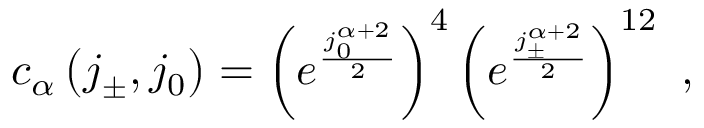
c _ { \alpha } \left( j _ { \pm } , j _ { 0 } \right) = \left( e ^ { \frac { j _ { 0 } ^ { \alpha + 2 } } { 2 } } \right) ^ { 4 } \left( e ^ { \frac { j _ { \pm } ^ { \alpha + 2 } } { 2 } } \right) ^ { 1 2 } \ ,